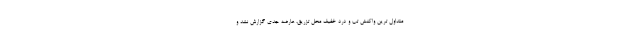
متداول ترین واکنش تب و درد خفیف محل تزریق، عارضه جدی گزارش نشد و